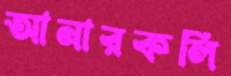
আনারকলি